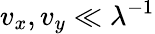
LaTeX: v_{x},v_{y}\ll\lambda^{-1}